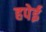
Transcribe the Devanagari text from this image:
हपेई